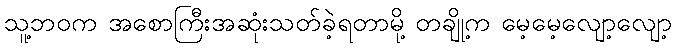
သူ့ဘဝက အစောကြီးအဆုံးသတ်ခဲ့ရတာမို့ တချို့က မေ့မေ့လျော့လျော့